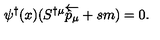
\psi ^ { \dagger } ( x ) ( S ^ { \dagger \mu } \overleftarrow { { \hat { p } } _ { \mu } } + s m ) = 0 .